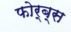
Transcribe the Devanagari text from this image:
फोर्ब्स